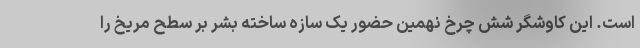
است. این کاوشگر شش چرخ نهمین حضور یک سازه ساخته بشر بر سطح مریخ را